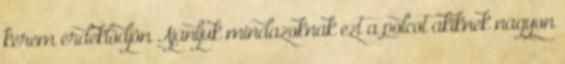
kérem érdeklődjön Ajánljuk mindazoknak ezt a polcot akiknek nagyon